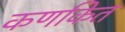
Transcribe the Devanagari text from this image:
कणकित